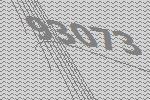
93073